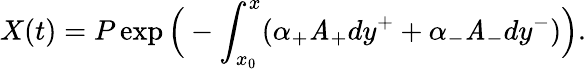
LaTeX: X(t)=P\exp\Big(-\int_{x_{0}}^{x}(\alpha_{+}\mathit{A}_{+}dy^{+}+\alpha_{-}\mathit{A}_{-}dy^{-})\Big).